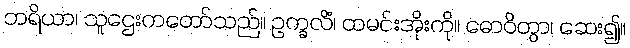
ဘရိယာ၊ သူဌေးကတော်သည်။ ဥက္ခလိံ၊ ထမင်းအိုးကို။ ဓောဝိတွာ၊ ဆေး၍။